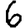
Digit: 6